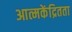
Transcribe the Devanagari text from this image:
आत्मकेंद्रितता